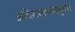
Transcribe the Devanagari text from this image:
अविरोधाभासयुक्त